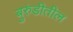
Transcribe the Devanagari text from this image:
बुरुंडीतील